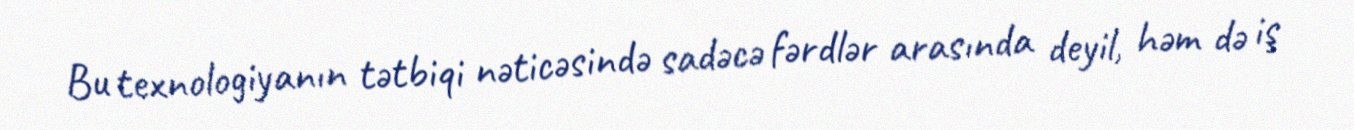
Bu texnologiyanın tətbiqi nəticəsində sadəcə fərdlər arasında deyil, həm də iş